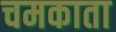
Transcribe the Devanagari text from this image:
चमकाता